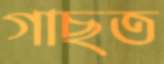
গাছত